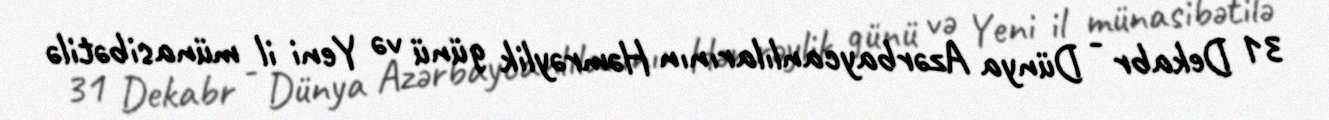
31 Dekabr - Dünya Azərbaycanlılarının Həmrəylik günü və Yeni il münasibətilə